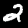
Label: 2